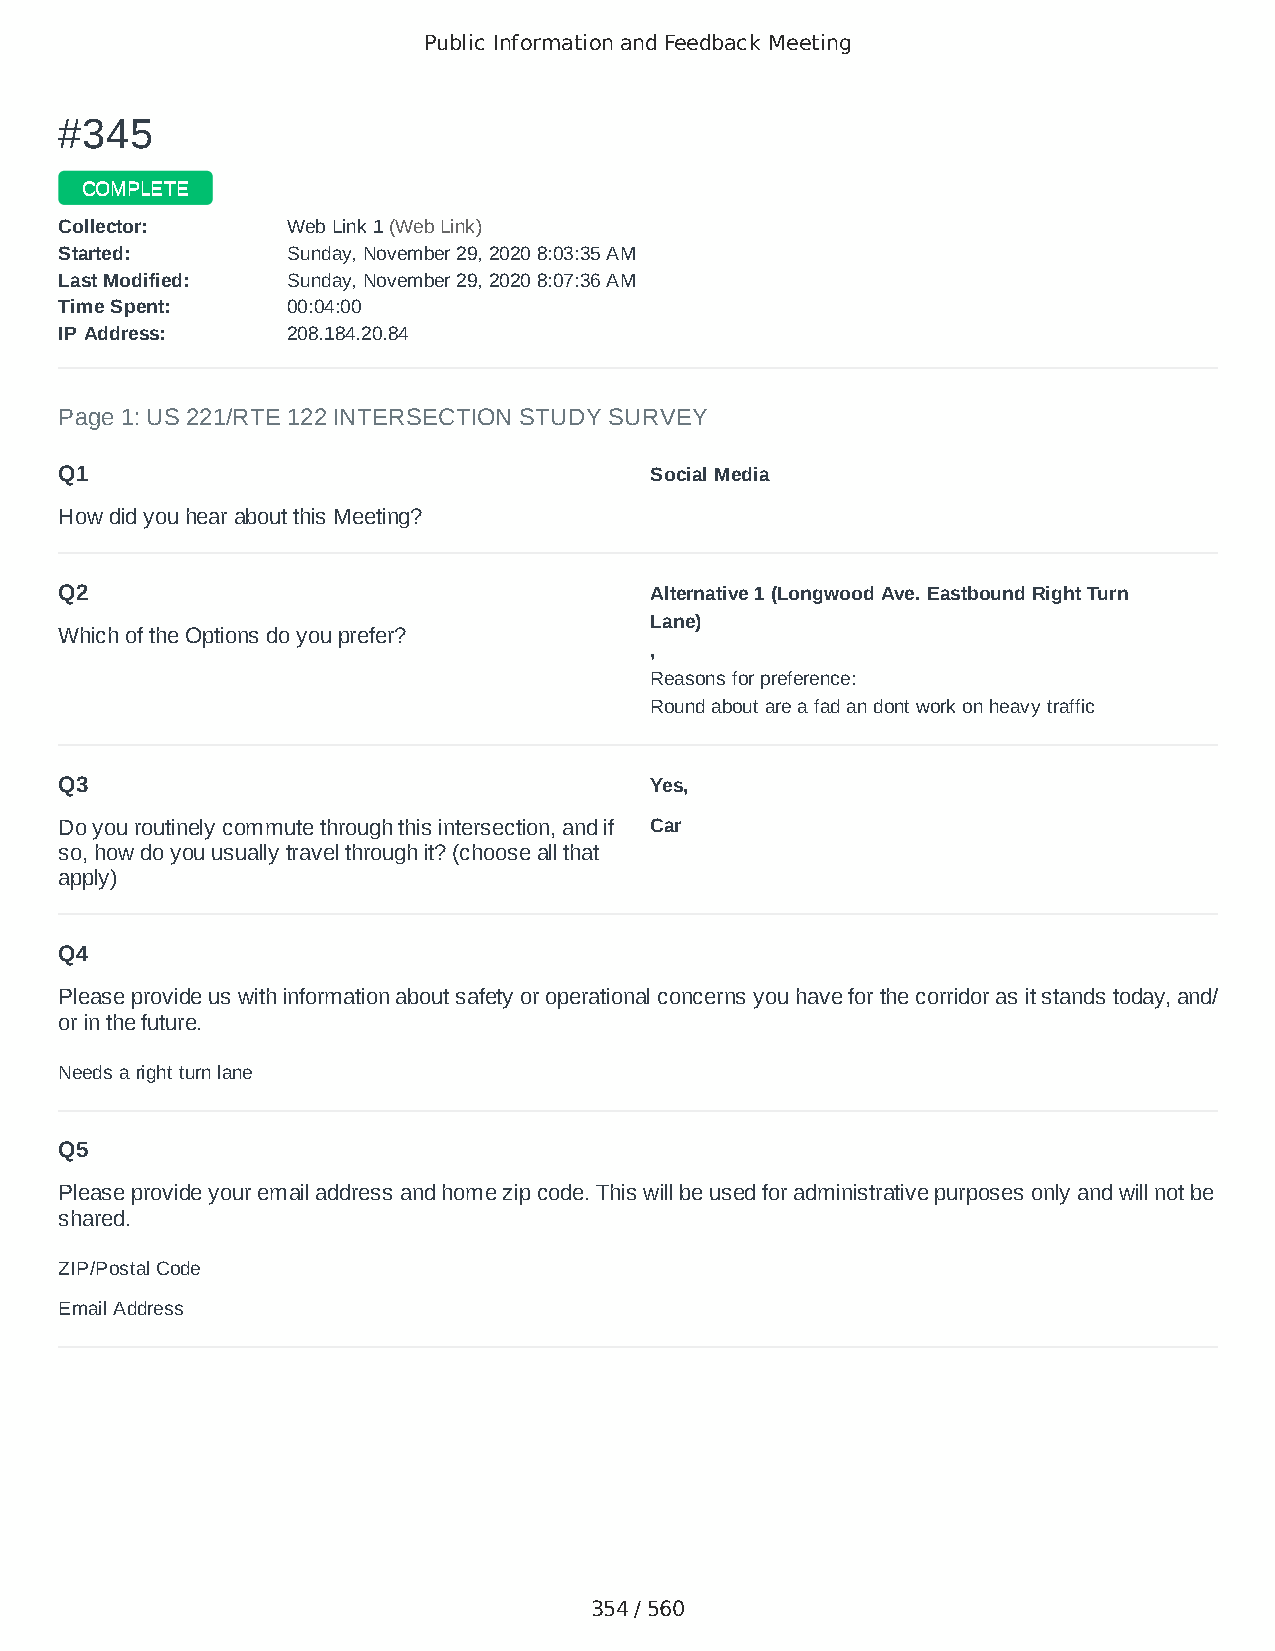
Public Information and Feedback Meeting
 ##334455
 CCOOMMPPLLEETTEE
 CCoolllleeccttoorr:: WWeebb LLiinnkk 11 ((WWeebb LLiinnkk))
 SSttaarrtteedd:: SSuunnddaayy,, NNoovveemmbbeerr 2299,, 22002200 88::0033::3355 AAMM
 LLaasstt MMooddiiffiieedd:: SSuunnddaayy,, NNoovveemmbbeerr 2299,, 22002200 88::0077::3366 AAMM
 TTiimmee SSppeenntt:: 0000::0044::0000
 IIPP AAddddrreessss:: 220088..118844..2200..8844
 Page 1: US 221/RTE 122 INTERSECTION STUDY SURVEY
 Q1                                     Social Media
 How did you hear about this Meeting?
 Q2                                     Alternative 1 (Longwood Ave. Eastbound Right Turn
 Lane)
 Which of the Options do you prefer?
 ,
 Reasons for preference:
 Round about are a fad an dont work on heavy traffic
 Q3                                     Yes,
 Do you routinely commute through this intersection, and if Car
 so, how do you usually travel through it? (choose all that
 apply)
 Q4
 Please provide us with information about safety or operational concerns you have for the corridor as it stands today, and/
 or in the future.
 Needs a right turn lane
 Q5
 Please provide your email address and home zip code. This will be used for administrative purposes only and will not be
 shared.
 ZIP/Postal Code                        24523
 Email Address                          rdsqurl@gmail.com
 354 / 560